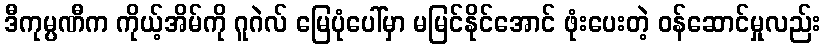
ဒီကုမ္ပဏီက ကိုယ့်အိမ်ကို ဂူဂဲလ် မြေပုံပေါ်မှာ မမြင်နိုင်အောင် ဖုံးပေးတဲ့ ဝန်ဆောင်မှုလည်း